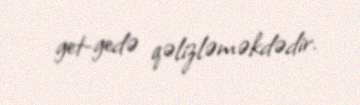
get-gedə qəlizləməkdədir.